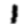
Digit: 1